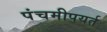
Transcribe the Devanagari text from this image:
पंचमीपयर्त